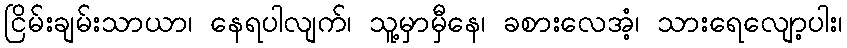
ငြိမ်းချမ်းသာယာ၊ နေရပါလျက်၊ သူ့မှာမှီနေ၊ ခစားလေအံ့၊ သားရေလျော့ပါး၊